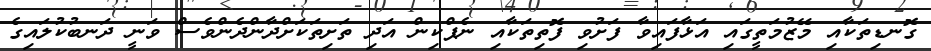
ގޮނޑިތަކާއި މޭޒުމަތީގައި އަޅާފައިވާ ފަށުވި ފޮތިތަކާއި ނެޕްކިން އަދި ތަށިތަކަށްދާންދެންވެސް ވަނީ ދަނބުކުލައިގެ